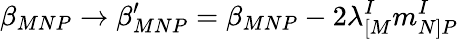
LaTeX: \beta_{MNP}\rightarrow\beta_{MNP}^{\prime}=\beta_{MNP}-2\lambda_{[M}^{I}m_{N]P}^{I}